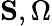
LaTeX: {\mathbf{S}},{\Omega}